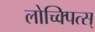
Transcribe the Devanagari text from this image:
लोच्क्पित्स्